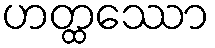
ဟတ္ထဿော